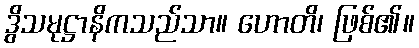
ဒွိသမုဋ္ဌာနိကသည်သာ။ ဟောတိ၊ ဖြစ်၏။